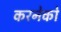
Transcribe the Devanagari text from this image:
करनेको